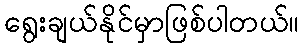
ရွေးချယ်နိုင်မှာဖြစ်ပါတယ်။